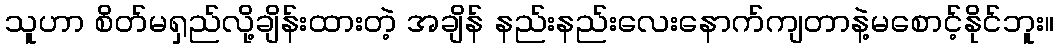
သူဟာ စိတ်မရှည်လို့ချိန်းထားတဲ့ အချိန် နည်းနည်းလေးနောက်ကျတာနဲ့မစောင့်နိုင်ဘူး။